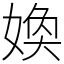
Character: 𡞵